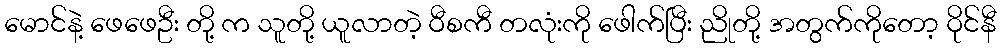
မောင်နဲ့ ဖေဖေဦး တို့ က သူတို့ ယူလာတဲ့ ဝီစကီ တလုံးကို ဖေါက်ပြီး ညိုတို့ အတွက်ကိုတော့ ဝိုင်နီ